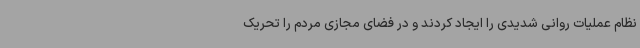
نظام عملیات روانی شدیدی را ایجاد کردند و در فضای مجازی مردم را تحریک